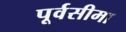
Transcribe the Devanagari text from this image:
पूर्वसीमा